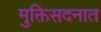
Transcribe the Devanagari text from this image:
मुक्तिसदनात